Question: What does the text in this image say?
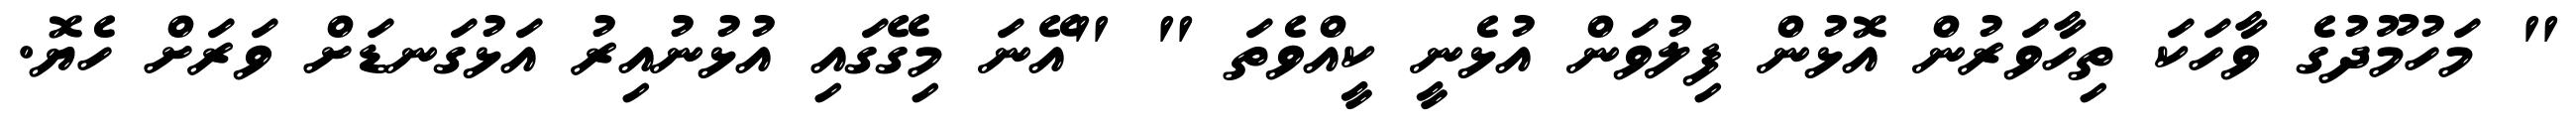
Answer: " މަހުމޫދުގެ ވާހަކަ ތިހާވަރުން އޮޅުން ފިލުވަން އުޅެނީ ކީއްވެތަ " "އޭނަ މިގޭގައި އުޅުނުއިރު އަޅުގަނޑަށް ވަރަށް ހެޔޮ.